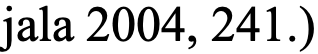
jala 2004, 241.)